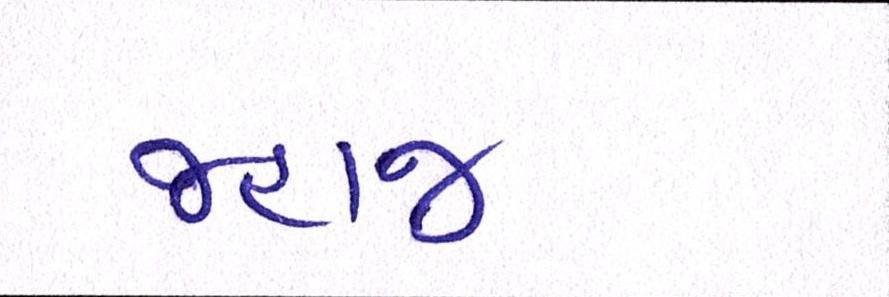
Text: જહાજ